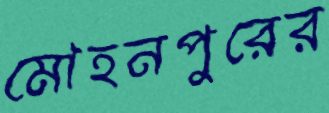
মোহনপুরের